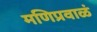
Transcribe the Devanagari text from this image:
मणिप्रवाळं